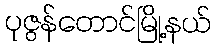
ပုဇွန်တောင်မြို့နယ်